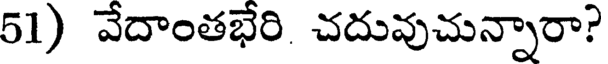
51) వేదాంతభేరి చదువుచున్నారా?